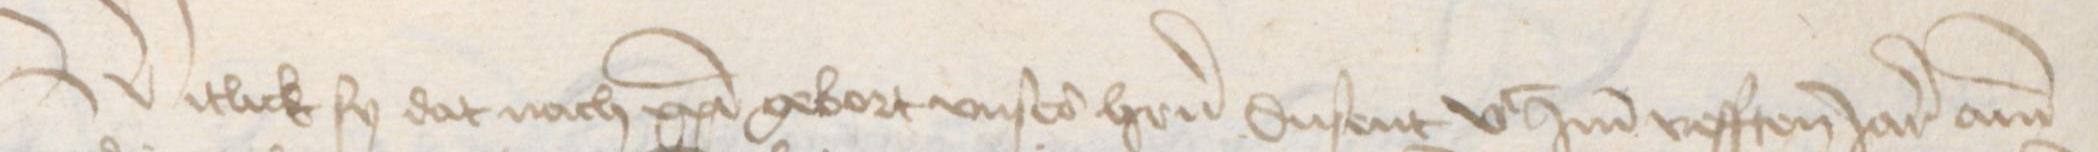
Transcription: Witlick sy dat nach christi gebort vnse heren dusent vc ind vefften Jar ann